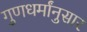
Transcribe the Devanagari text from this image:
गुणधर्मांनुसार